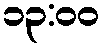
၁၃:၀၀